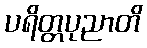
ပရိတ္တပုညာတိ